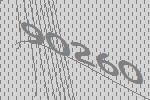
90260